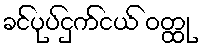
ခင်ပုပ်ငှက်ငယ် ဝတ္ထု